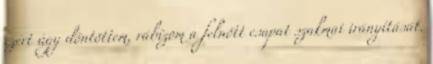
ezért úgy döntöttem, rábízom a felnőtt csapat szakmai irányítását.